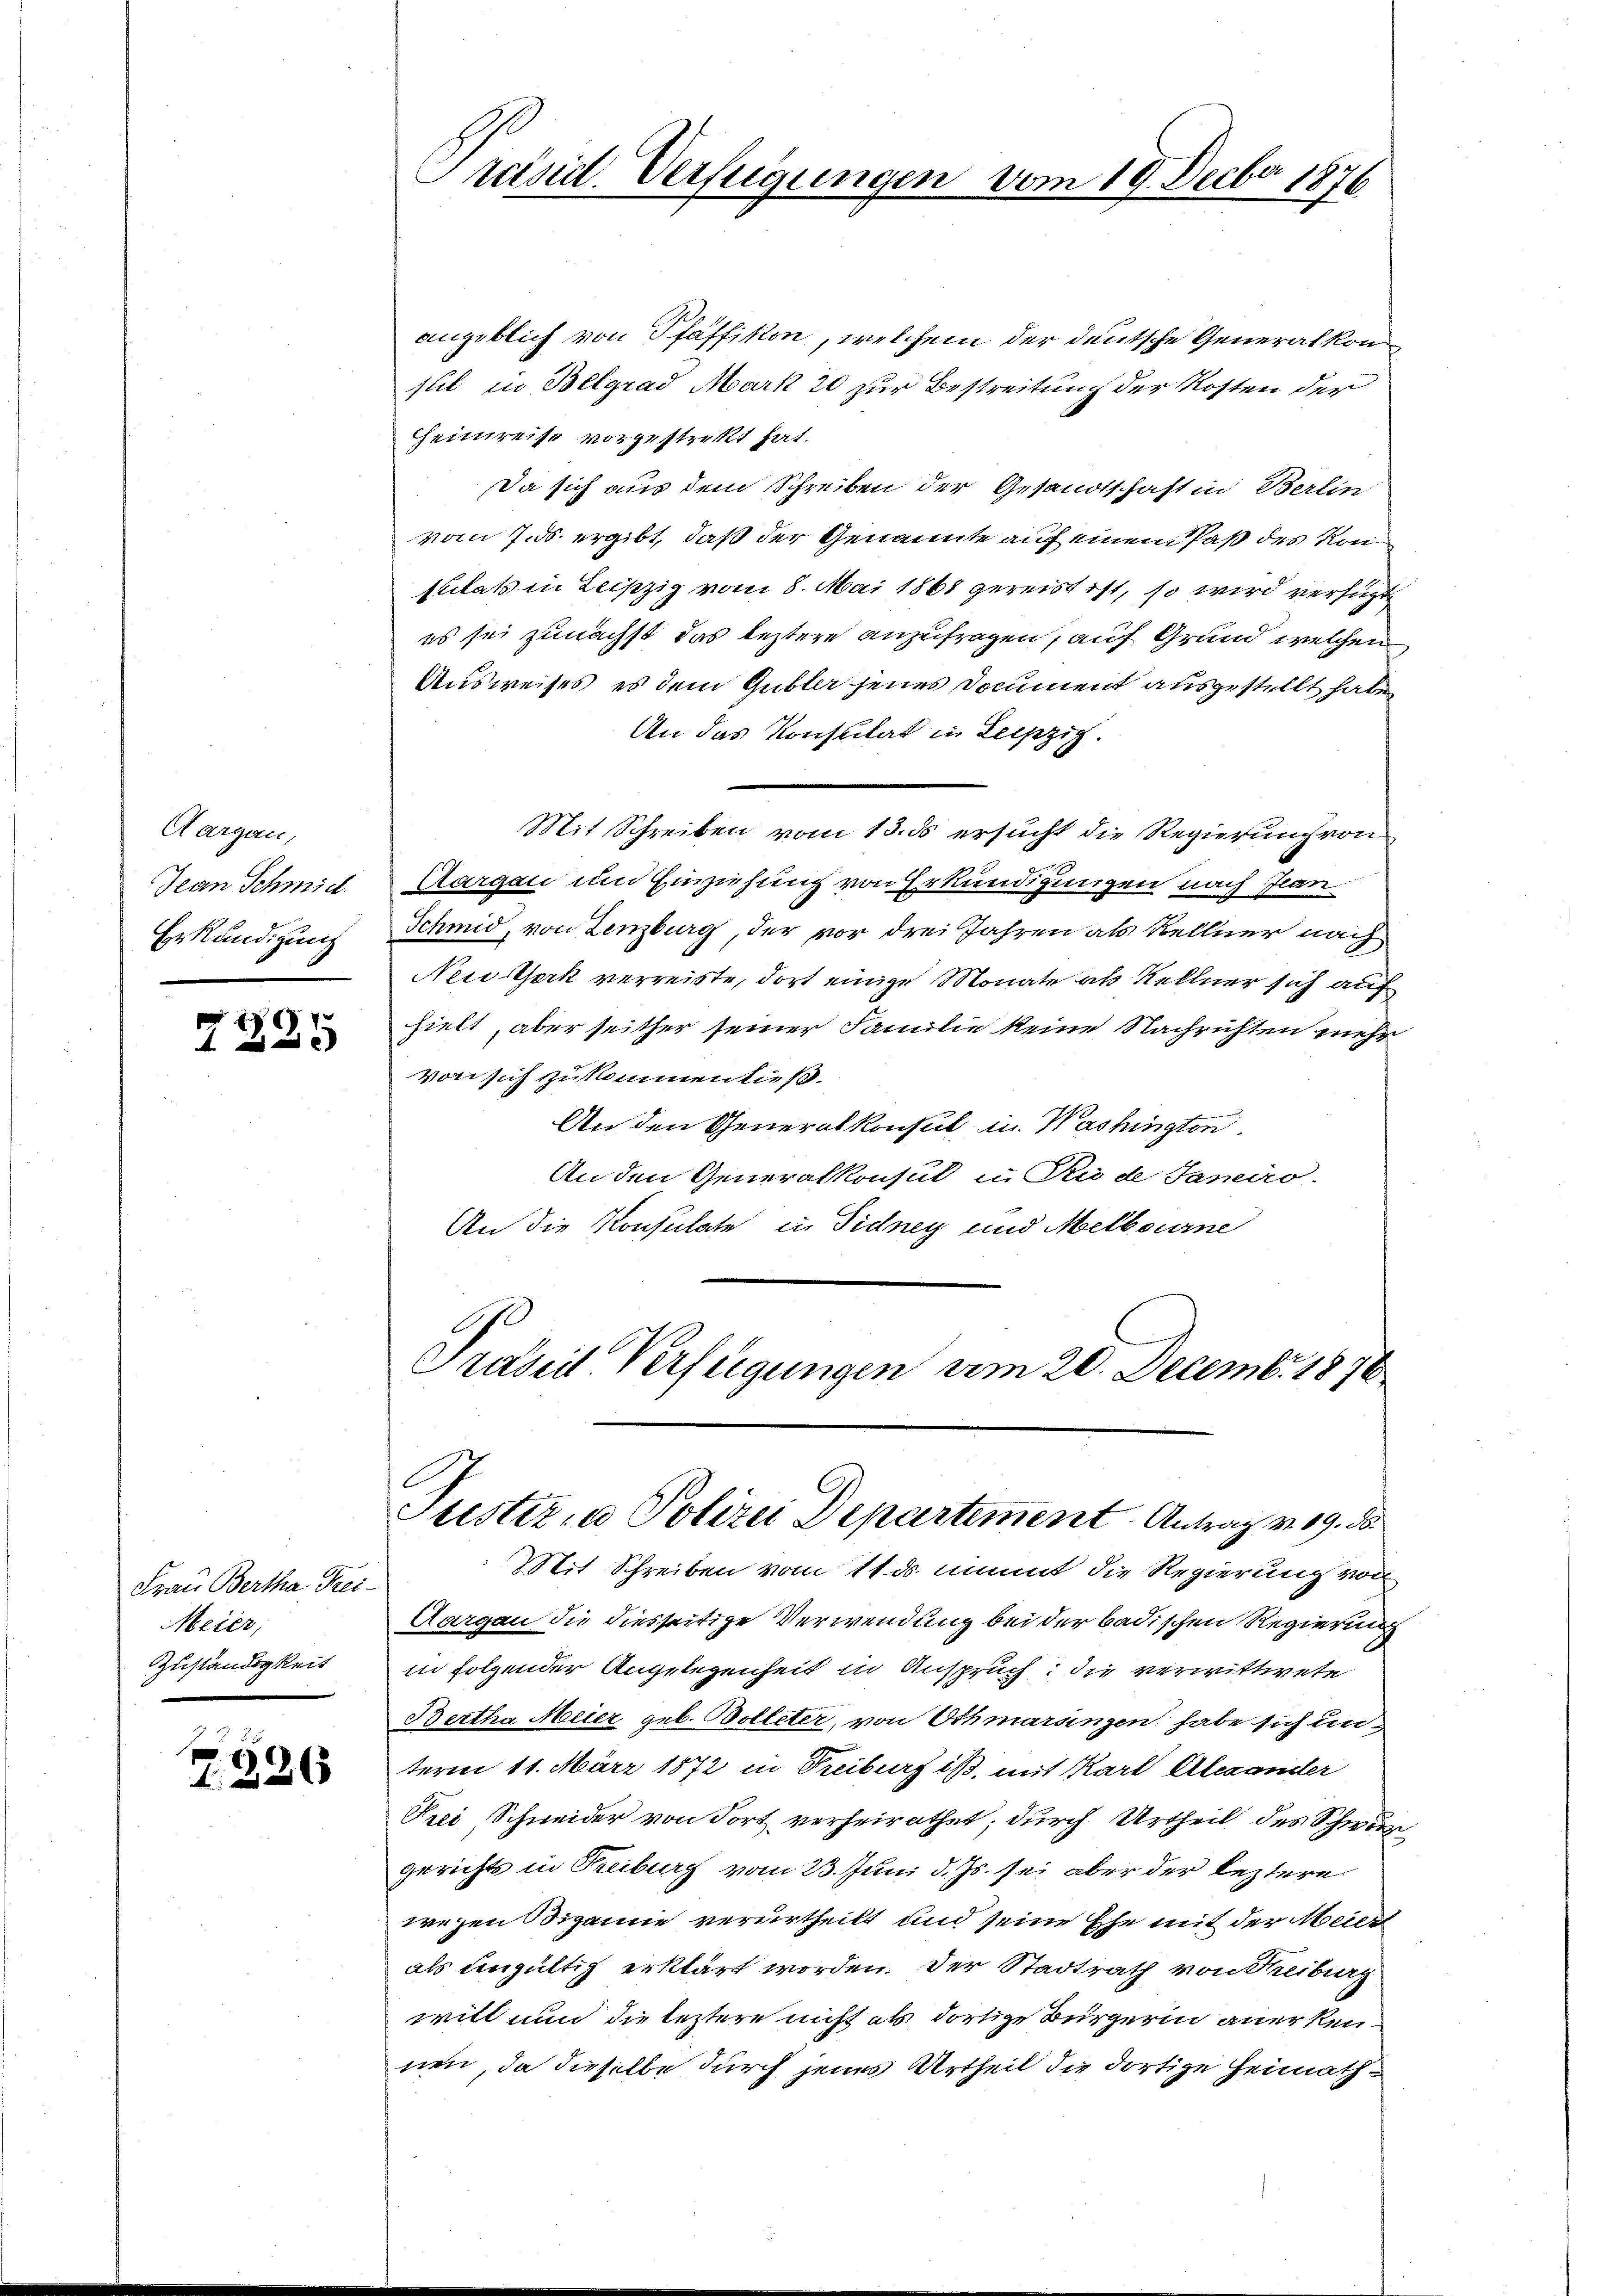
Aargau,
Jean Schmid.
Erkundigung

A

Frau Bertha Frei¬
Meier,
Zuständigkeit

Z. 826

angeblich von Pfäffikon, welchem der deutsche Generalkomsul in Belgrad Mark 20 zur Bestreitung der Kosten der
heimreise vorgestreckt hat.
Da sich aus dem Schreiben der Gesandtschaft in Berlin
vom 7. ds. ergibt, daß der Genannte auf einem Paß des Konsulats in Leipzig vom 8. Mai 1868 gereist ist, so wird verfügt
es sei zunächst das leztere anzufragen, auf Grund welchen
Ausweises, es dem Gubler jenes Document ausgestellt habe,
An das Konstitat in Leipzig.
Mit Schreiben vom 13. ds ersucht die Regierung von
Aargau und Einziehung von Erkundigungen nach Jean
Schmid, von Lenzburg, der vor drei Jahren als Kellner nach
New York verreiste, dort einige Monate als Kellner sich auf
hielt, aber seither seiner Familie keine Nachrichten mehr
von sich zu kommen ließ.
An den Generalkonsul in Washingten
An den Generalkonsul in Rede Janeiro-
An die Konsulate in Sidney und Melbourne
Präses Verfügungen vom 20. Decembr. 1870

Präsid. Verfügungen vom 19. Decbr 1876

Justiz, u. Polizei Departement Antrag v. 19. d.

Mit Schreiben vom 11. ds. nimmt die Regierung von
Aargau die diesseitige Verwendung bei der badischen Regierung
in folgender Angelegenheit in Anspruch: die verwittwete
Bertha Meier geb. Bolleter, von Othmarsingen habe sich un
term 11. März 1872 in Freiburg ist, mit Karl Alexander
Prei Schneider von dort verheirathet, durch Urtheil des Schwungerichts in Freiburg vom 23. Juni d. Js. sei aber der leztere
wegen Bigamie verurtheilt und seine Ehe mit der Meier
als eingültig erklärt worden. Der Stadtrath von Treibung
will nun die leztere nicht als dortige Bürgerin anerkennen, da dieselbe durch jenes Urtheil die dortige Heimath¬